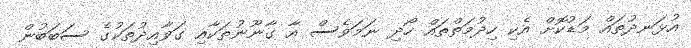
އުޅަނދުތައް މަޑުކޮށް އެކި ހިދުމަތްތައް ހޯދި ނަމަވެސް އާ ގާނޫނުތަކާއި ގަވާއިދުތަކުގެ ސަބަބުން